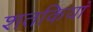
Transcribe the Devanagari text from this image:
शतकियां